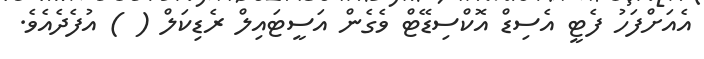
އެއަށްފަހު ފެޓީ އެސިޑް އޮކްސިޑޭޓް ވެގެން އަސީޓައިލް ރެޑިކަލް ( ) އުފެދެއެވެ.